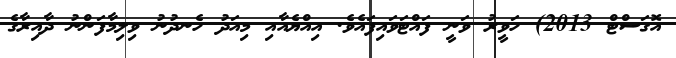
އޮގަސްޓް 2013) ހަވީރު ވަނީ ފައްޓަވައިފައެވެ. އިއްޔެއާއި މިއަދު ހެނދުނު ވިލިމާފަންނު ދާއިރާގެ